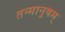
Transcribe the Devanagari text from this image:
तन्मानुषम्